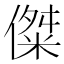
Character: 𪝨